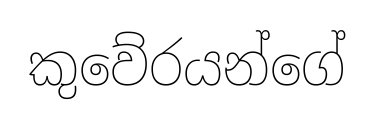
කුවේරයන්ගේ